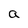
Character: a